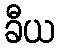
ခီယ